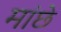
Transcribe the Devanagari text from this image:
मांछे